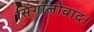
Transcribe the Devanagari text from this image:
सिंगालोवाद।